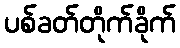
ပစ်ခတ်တိုက်ခိုက်